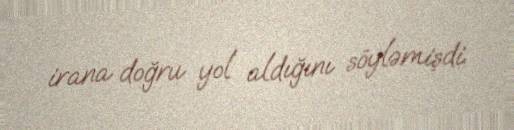
irana doğru yol aldığını söyləmişdi.